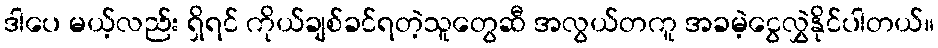
ဒါပေ မယ့်လည်း ရှိရင် ကိုယ်ချစ်ခင်ရတဲ့သူတွေဆီ အလွယ်တကူ အခမဲ့ငွေလွှဲနိုင်ပါတယ်။